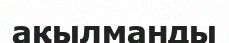
ақылманды